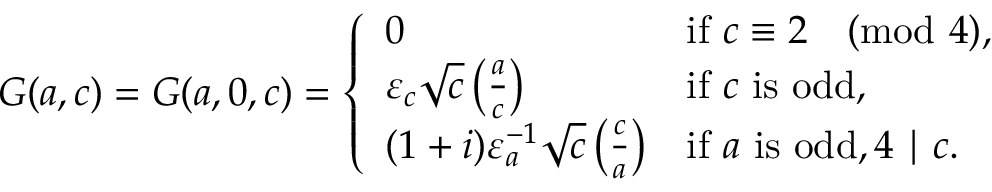
G ( a , c ) = G ( a , 0 , c ) = { \left\{ \begin{array} { l l } { 0 } & { { \mathrm { i f } } \ c \equiv 2 { \pmod { 4 } } , } \\ { \varepsilon _ { c } { \sqrt { c } } \left( { \frac { a } { c } } \right) } & { { \mathrm { i f } } \ c \ { \mathrm { i s ~ o d d } } , } \\ { ( 1 + i ) \varepsilon _ { a } ^ { - 1 } { \sqrt { c } } \left( { \frac { c } { a } } \right) } & { { \mathrm { i f } } \ a \ { \mathrm { i s ~ o d d } } , 4 \mid c . } \end{array} \right. }